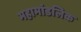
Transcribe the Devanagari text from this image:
महामांडलिक